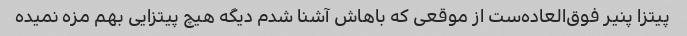
پیتزا پنیر فوق‌العاده‌ست از موقعی که باهاش آشنا شدم دیگه هیچ پیتزایی بهم مزه نمیده